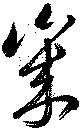
歳